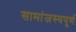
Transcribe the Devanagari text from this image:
सामांजस्यपूर्ण